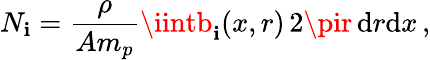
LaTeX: N_{\mathbf{i}}=\frac{{\rho}}{{Am_{p}}}\iintb_{\mathbf{i}}(x,r)\, 2\pir\, \textup{d}r\textup{d}x\, ,